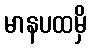
မာနပထမှိ